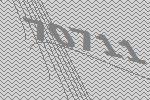
70711